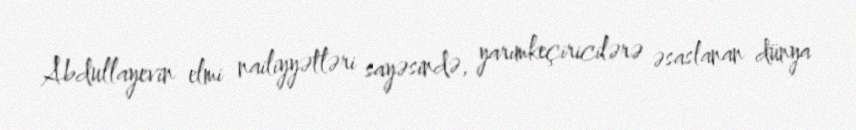
Abdullayevin elmi nailiyyətləri sayəsində, yarımkeçiricilərə əsaslanan dünya